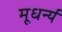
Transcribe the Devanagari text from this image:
मूधर्न्य